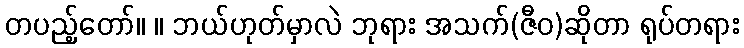
တပည့်တော်။ ။ ဘယ်ဟုတ်မှာလဲ ဘုရား အသက်(ဇီဝ)ဆိုတာ ရုပ်တရား